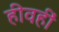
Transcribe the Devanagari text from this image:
हीवहीं